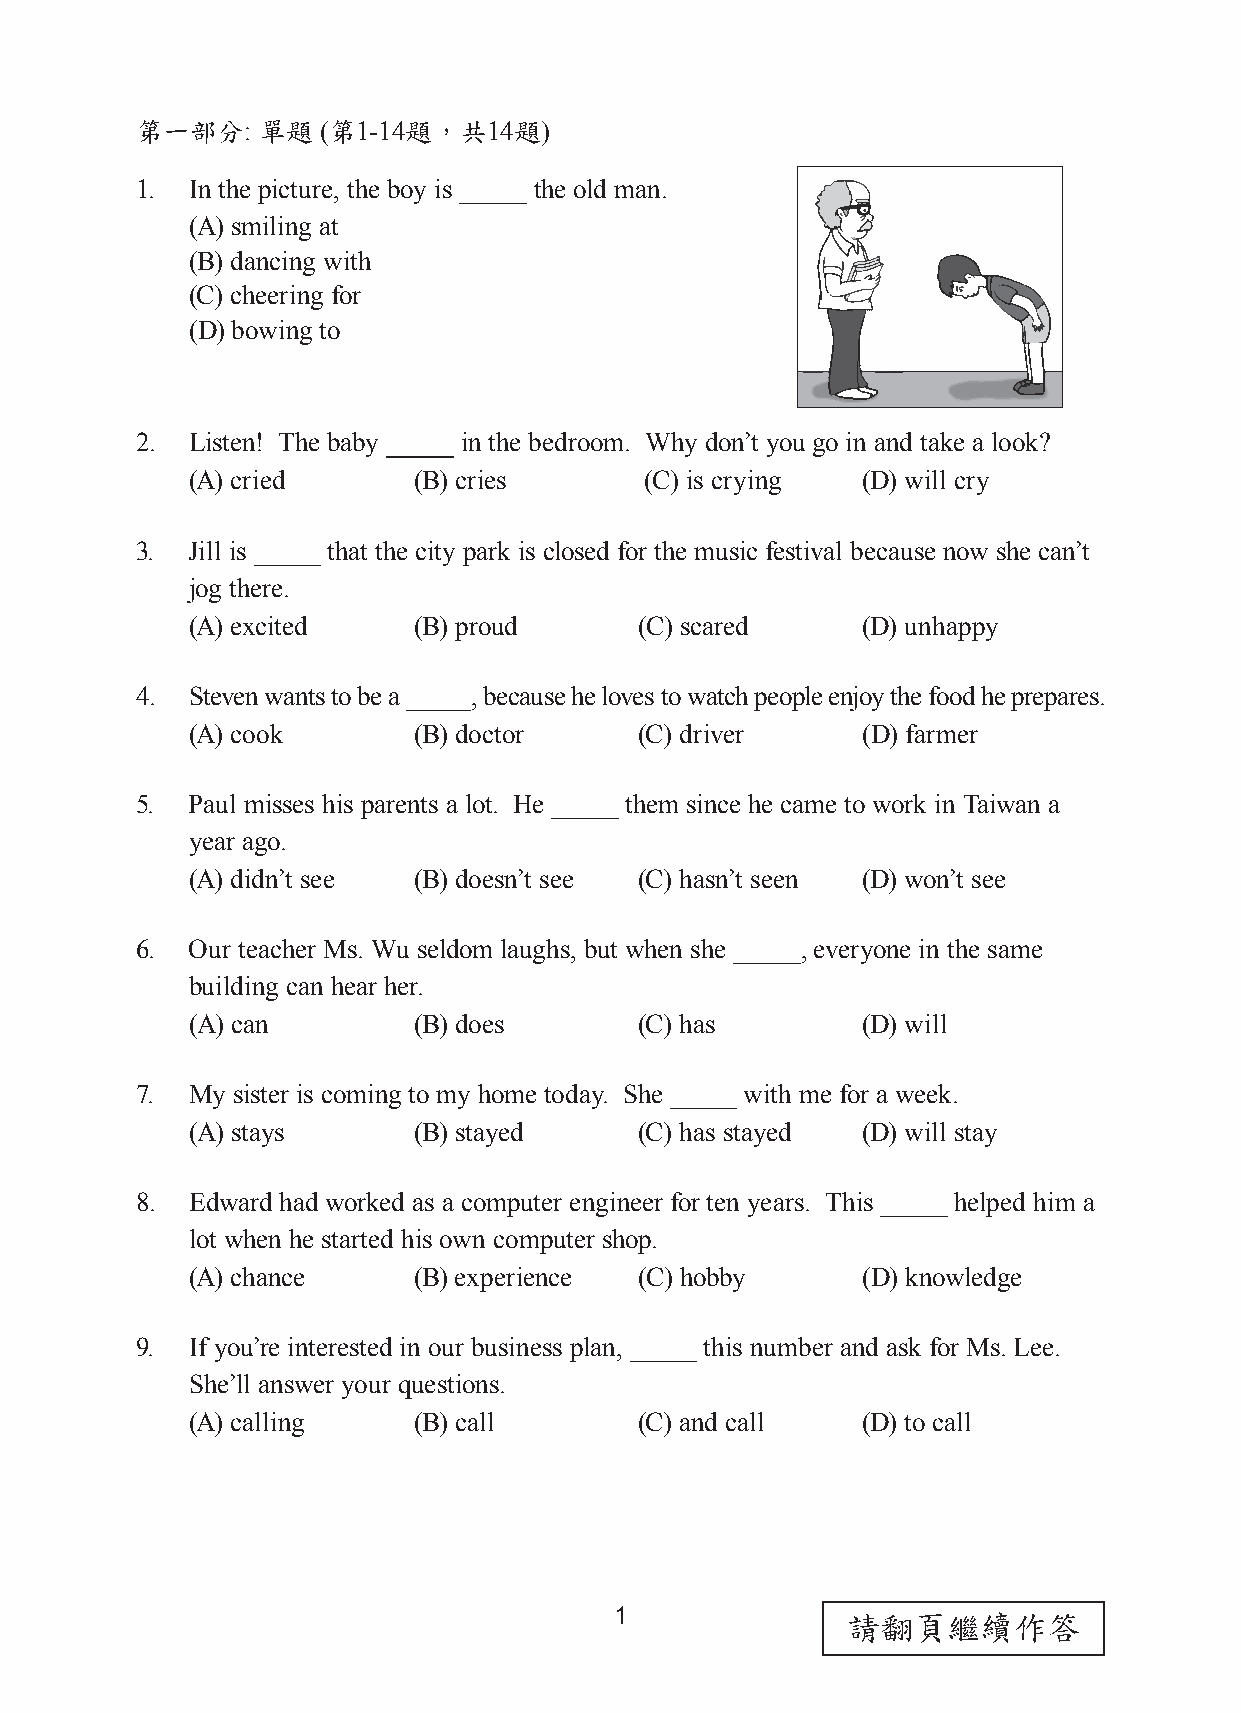
第一部分:   單題  (第1-14題，共14題)
 1.  In the picture, the boy is the old man.
 (A) smiling at
 (B) dancing with
 (C) cheering for
 (D) bowing to
 2.  Listen! The baby in the bedroom. Why don’t you go in and take a look?
 (A) cried     (B) cries       (C) is crying (D) will cry
 3.  Jill is  that the city park is closed for the music festival because now she can’t
 jog there.
 (A) excited   (B) proud      (C) scared     (D) unhappy
 4.  Steven wants to be a , because he loves to watch people enjoy the food he prepares.
 (A) cook      (B) doctor     (C) driver     (D) farmer
 5.  Paul misses his parents a lot. He them since he came to work in Taiwan a
 year ago.
 (A) didn’t see (B) doesn’t see (C) hasn’t seen (D) won’t see
 6.  Our teacher Ms. Wu seldom laughs, but when she , everyone in the same
 building can hear her.
 (A) can       (B) does       (C) has        (D) will
 7.  My sister is coming to my home today. She with me for a week.
 (A) stays     (B) stayed     (C) has stayed (D) will stay
 8.  Edward had worked as a computer engineer for ten years. This helped him a
 lot when he started his own computer shop.
 (A) chance    (B) experience (C) hobby      (D) knowledge
 9.  If you’re interested in our business plan, this number and ask for Ms. Lee.
 She’ll answer your questions.
 (A) calling   (B) call       (C) and call   (D) to call
 1              請翻頁繼續作答